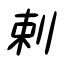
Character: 剌